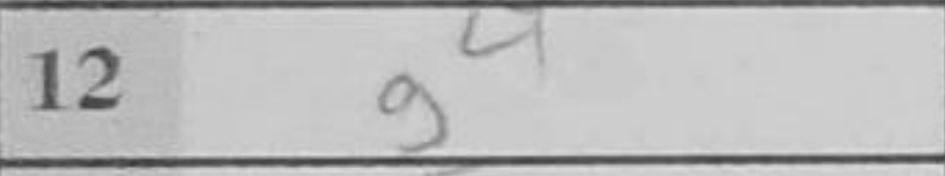
Transcription: g4